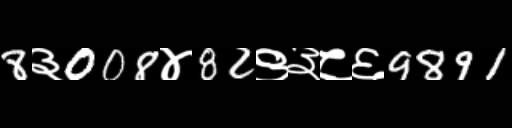
Text: 8३008४82९३८६9891